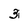
Character: 3